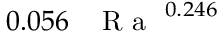
0 . 0 5 6 \, \mathrm { ~ \textit ~ { ~ R ~ a ~ } ~ } ^ { 0 . 2 4 6 }